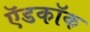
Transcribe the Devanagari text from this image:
ऍडकॉक